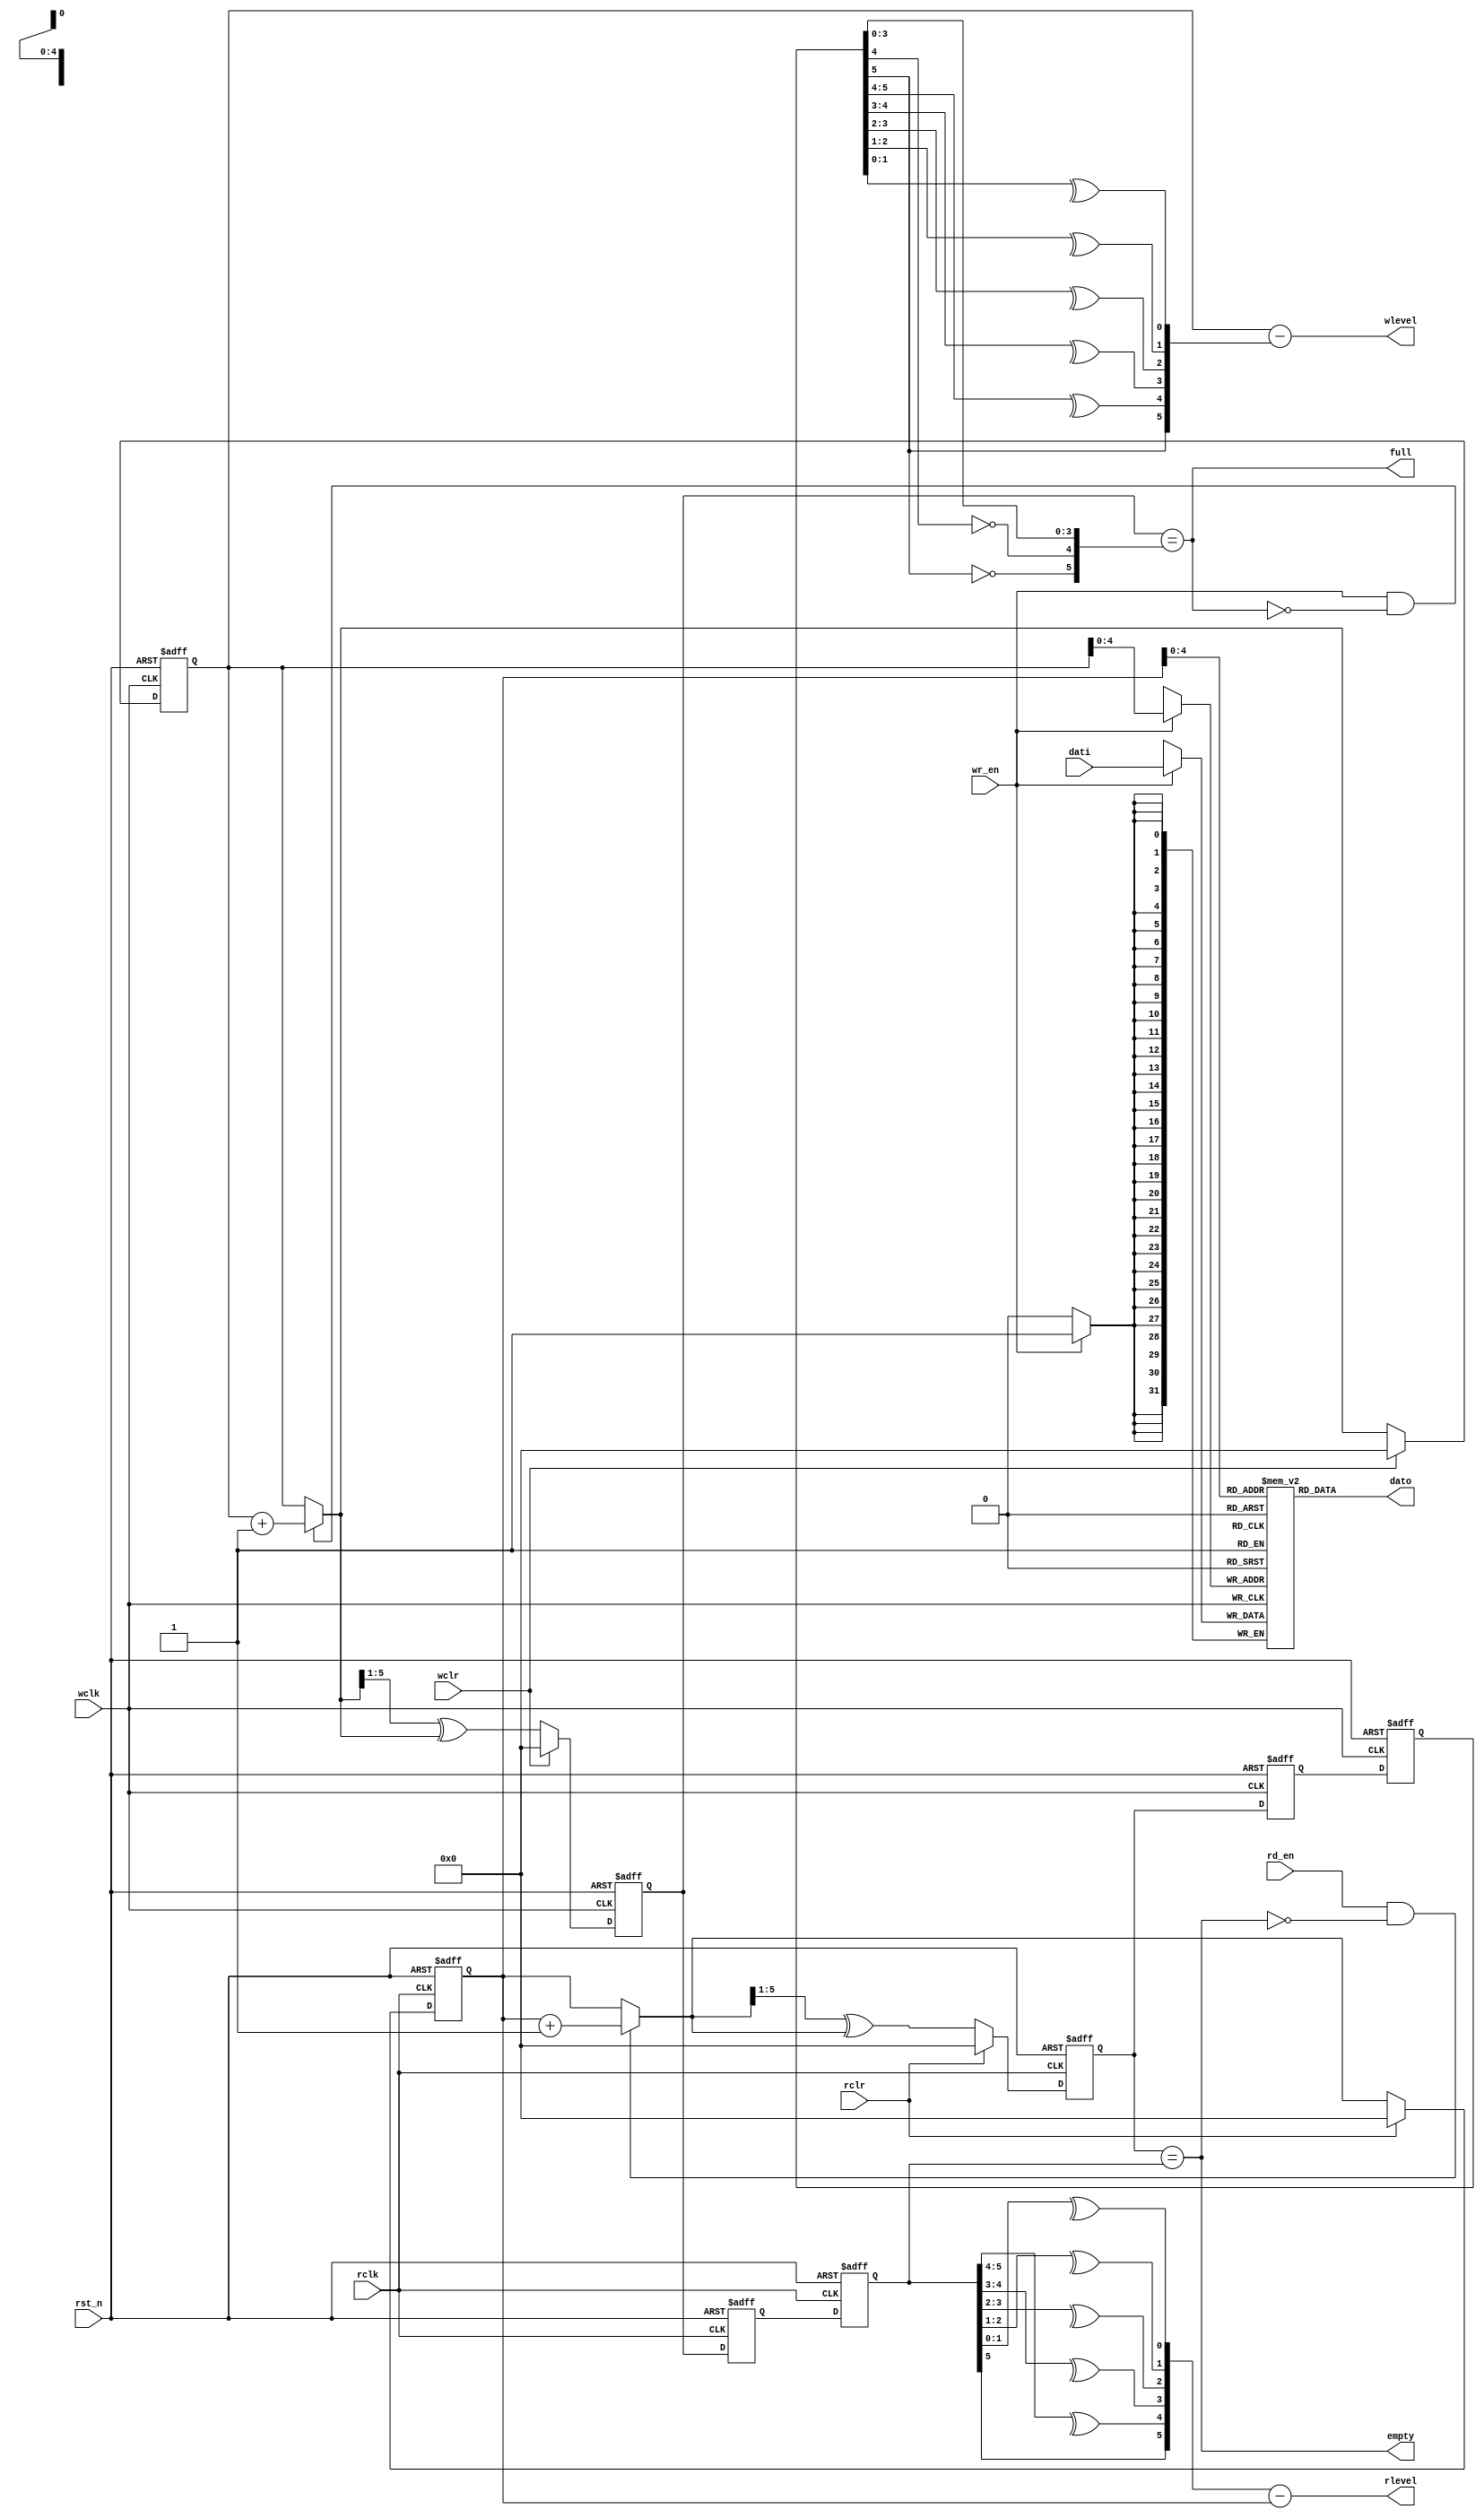
// MSB
// Clifford E. Cummings, "Simulation and Synthesis Techniques for Asynchronous FIFO Design"
module async_fifo
#(
    parameter DEEPTH_BIT = 6,
    parameter DEEPTH     = 32,
    parameter WIDTH      = 32
)
(
    input  wire             wclk,
    input  wire             rclk,
    input  wire             wclr,
    input  wire             rclr,

    input  wire             rst_n,

    input  wire             wr_en,
    input  wire             rd_en,
    input  wire [WIDTH-1:0] dati,

    output wire             full,
    output wire             empty,
    output wire [WIDTH-1:0] dato,
    output wire [DEEPTH_BIT-1:0] wlevel,
    output wire [DEEPTH_BIT-1:0] rlevel
);

// internal signals
reg  [WIDTH-1:0]      ram[DEEPTH-1:0];
reg  [DEEPTH_BIT-1:0] wptr_wclk;
reg  [DEEPTH_BIT-1:0] rptr_rclk;
reg  [DEEPTH_BIT-1:0] wptr_sp1;
reg  [DEEPTH_BIT-1:0] wptr_sp2;
reg  [DEEPTH_BIT-1:0] rptr_sp1;
reg  [DEEPTH_BIT-1:0] rptr_sp2;
reg  [DEEPTH_BIT-1:0] wptr_gray;
reg  [DEEPTH_BIT-1:0] rptr_gray;
wire [DEEPTH_BIT-1:0] wptr_bin;
wire [DEEPTH_BIT-1:0] rptr_bin;
wire [DEEPTH_BIT-1:0] nxt_wptr_wclk;
wire [DEEPTH_BIT-1:0] nxt_rptr_rclk;
wire [DEEPTH_BIT-1:0] nxt_wptr_gray;
wire [DEEPTH_BIT-1:0] nxt_rptr_gray;

// 32[4:0][DEEPTH_BIT-2:0]
wire [DEEPTH_BIT-2:0] raddr;

// 
assign nxt_wptr_wclk = (wr_en && !full) ? (wptr_wclk + 1'b1) : wptr_wclk;
// 
assign nxt_wptr_gray = (nxt_wptr_wclk >> 1) ^ nxt_wptr_wclk;
// 
always @(posedge wclk or negedge rst_n) 
begin
    if (rst_n == 1'b0) begin
        wptr_wclk <= {DEEPTH_BIT{1'b0}};
        wptr_gray <= {DEEPTH_BIT{1'b0}};
    end    
    else if (wclr) begin
        wptr_wclk <= {DEEPTH_BIT{1'b0}};
        wptr_gray <= {DEEPTH_BIT{1'b0}};    
    end
    else begin
        wptr_wclk <= nxt_wptr_wclk;
        wptr_gray <= nxt_wptr_gray;
    end
end
// 
always @(posedge wclk) 
begin
    if (wr_en == 1'b1)
        ram[wptr_wclk[DEEPTH_BIT-2:0]] <= dati;
    else ;
end

// 
assign nxt_rptr_rclk = (rd_en && !empty) ? (rptr_rclk + 1'b1) : rptr_rclk;
// 
assign nxt_rptr_gray = (nxt_rptr_rclk >> 1) ^ nxt_rptr_rclk;
// 
always @(posedge rclk or negedge rst_n) 
begin
    if (rst_n == 1'b0) begin
        rptr_rclk <= {DEEPTH_BIT{1'b0}};
        rptr_gray <= {DEEPTH_BIT{1'b0}};
    end    
    else if (rclr) begin
        rptr_rclk <= {DEEPTH_BIT{1'b0}};
        rptr_gray <= {DEEPTH_BIT{1'b0}};    
    end
    else begin
        rptr_rclk <= nxt_rptr_rclk;
        rptr_gray <= nxt_rptr_gray;
    end
end

// 
assign raddr = rptr_rclk[DEEPTH_BIT-2:0];
assign dato = ram[raddr];

// 
always @(posedge wclk or negedge rst_n) 
begin
    if (rst_n == 1'b0) begin
        rptr_sp1 <= {DEEPTH_BIT{1'b0}};
        rptr_sp2 <= {DEEPTH_BIT{1'b0}};
    end    
    else begin
        rptr_sp1 <= rptr_gray;
        rptr_sp2 <= rptr_sp1;
    end
end

// 
always @(posedge rclk or negedge rst_n) 
begin
    if (rst_n == 1'b0) begin
        wptr_sp1 <= {DEEPTH_BIT{1'b0}};
        wptr_sp2 <= {DEEPTH_BIT{1'b0}};
    end    
    else begin
        wptr_sp1 <= wptr_gray;
        wptr_sp2 <= wptr_sp1;
    end
end
// 
assign full = (wptr_gray == {~rptr_sp2[DEEPTH_BIT-1],~rptr_sp2[DEEPTH_BIT-2],rptr_sp2[DEEPTH_BIT-3:0]});
assign empty = (rptr_gray == wptr_sp2);

// FIFO level
// 
assign wptr_bin[DEEPTH_BIT-1] = wptr_sp2[DEEPTH_BIT-1];
assign wptr_bin[DEEPTH_BIT-2] = (^wptr_sp2[DEEPTH_BIT-1:DEEPTH_BIT-2]);
assign wptr_bin[DEEPTH_BIT-3] = (^wptr_sp2[DEEPTH_BIT-2:DEEPTH_BIT-3]);
assign wptr_bin[DEEPTH_BIT-4] = (^wptr_sp2[DEEPTH_BIT-3:DEEPTH_BIT-4]);
assign wptr_bin[DEEPTH_BIT-5] = (^wptr_sp2[DEEPTH_BIT-4:DEEPTH_BIT-5]);
assign wptr_bin[DEEPTH_BIT-6] = (^wptr_sp2[DEEPTH_BIT-5:DEEPTH_BIT-6]);

assign rptr_bin[DEEPTH_BIT-1] = rptr_sp2[DEEPTH_BIT-1];
assign rptr_bin[DEEPTH_BIT-2] = (^rptr_sp2[DEEPTH_BIT-1:DEEPTH_BIT-2]);
assign rptr_bin[DEEPTH_BIT-3] = (^rptr_sp2[DEEPTH_BIT-2:DEEPTH_BIT-3]);
assign rptr_bin[DEEPTH_BIT-4] = (^rptr_sp2[DEEPTH_BIT-3:DEEPTH_BIT-4]);
assign rptr_bin[DEEPTH_BIT-5] = (^rptr_sp2[DEEPTH_BIT-4:DEEPTH_BIT-5]);
assign rptr_bin[DEEPTH_BIT-6] = (^rptr_sp2[DEEPTH_BIT-5:DEEPTH_BIT-6]);
// FIFO
assign wlevel = wptr_wclk - rptr_bin;
assign rlevel = wptr_bin - rptr_rclk;

endmodule